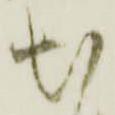
出